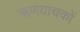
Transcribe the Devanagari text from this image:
ऋणयाचकों